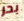
بحر